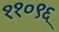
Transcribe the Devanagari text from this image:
११०९६